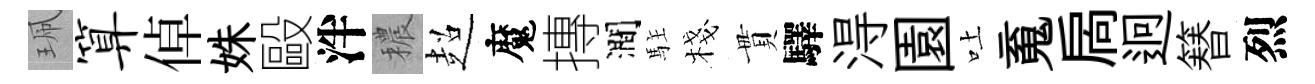
珮算倬姝毆泮穠超魔摶澗駐棧貫驛淂園吐䰟扄迥簮烈